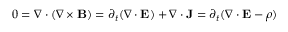
0 = \nabla \cdot ( \nabla \times { \bf B } ) = \partial _ { t } ( \nabla \cdot { \bf E } ) + \nabla \cdot { \bf J } = \partial _ { t } ( \nabla \cdot { \bf E } - \rho )